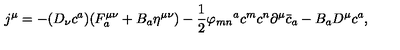
j ^ { \mu } = - ( D _ { \nu } c ^ { a } ) ( F _ { a } ^ { \mu \nu } + B _ { a } \eta ^ { \mu \nu } ) - \frac { 1 } { 2 } { \varphi _ { m n } } ^ { a } c ^ { m } c ^ { n } \partial ^ { \mu } { \bar { c } } _ { a } - B _ { a } D ^ { \mu } c ^ { a } ,